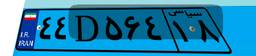
۱۷D۵۹۸۱۲